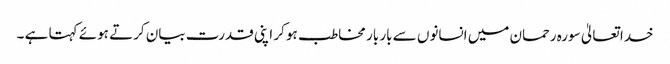
خدا تعالیٰ سورہ رحمان میں انسانوں سے بار بار مخاطب ہو کر اپنی قدرت بیان کرتے ہوئے کہتا ہے ۔